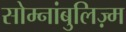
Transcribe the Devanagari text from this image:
सोम्नांबुलिज़्म